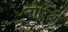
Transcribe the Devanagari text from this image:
नोरिओ